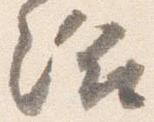
給